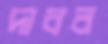
দাবব